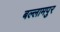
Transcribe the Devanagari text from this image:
बल्लामपुर